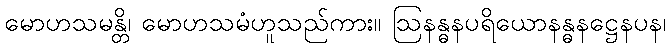
မောဟသမန္တိ၊ မောဟသမံဟူသည်ကား။ ဩနန္ဓနပရိယောနန္ဓနဋ္ဌေနပန၊